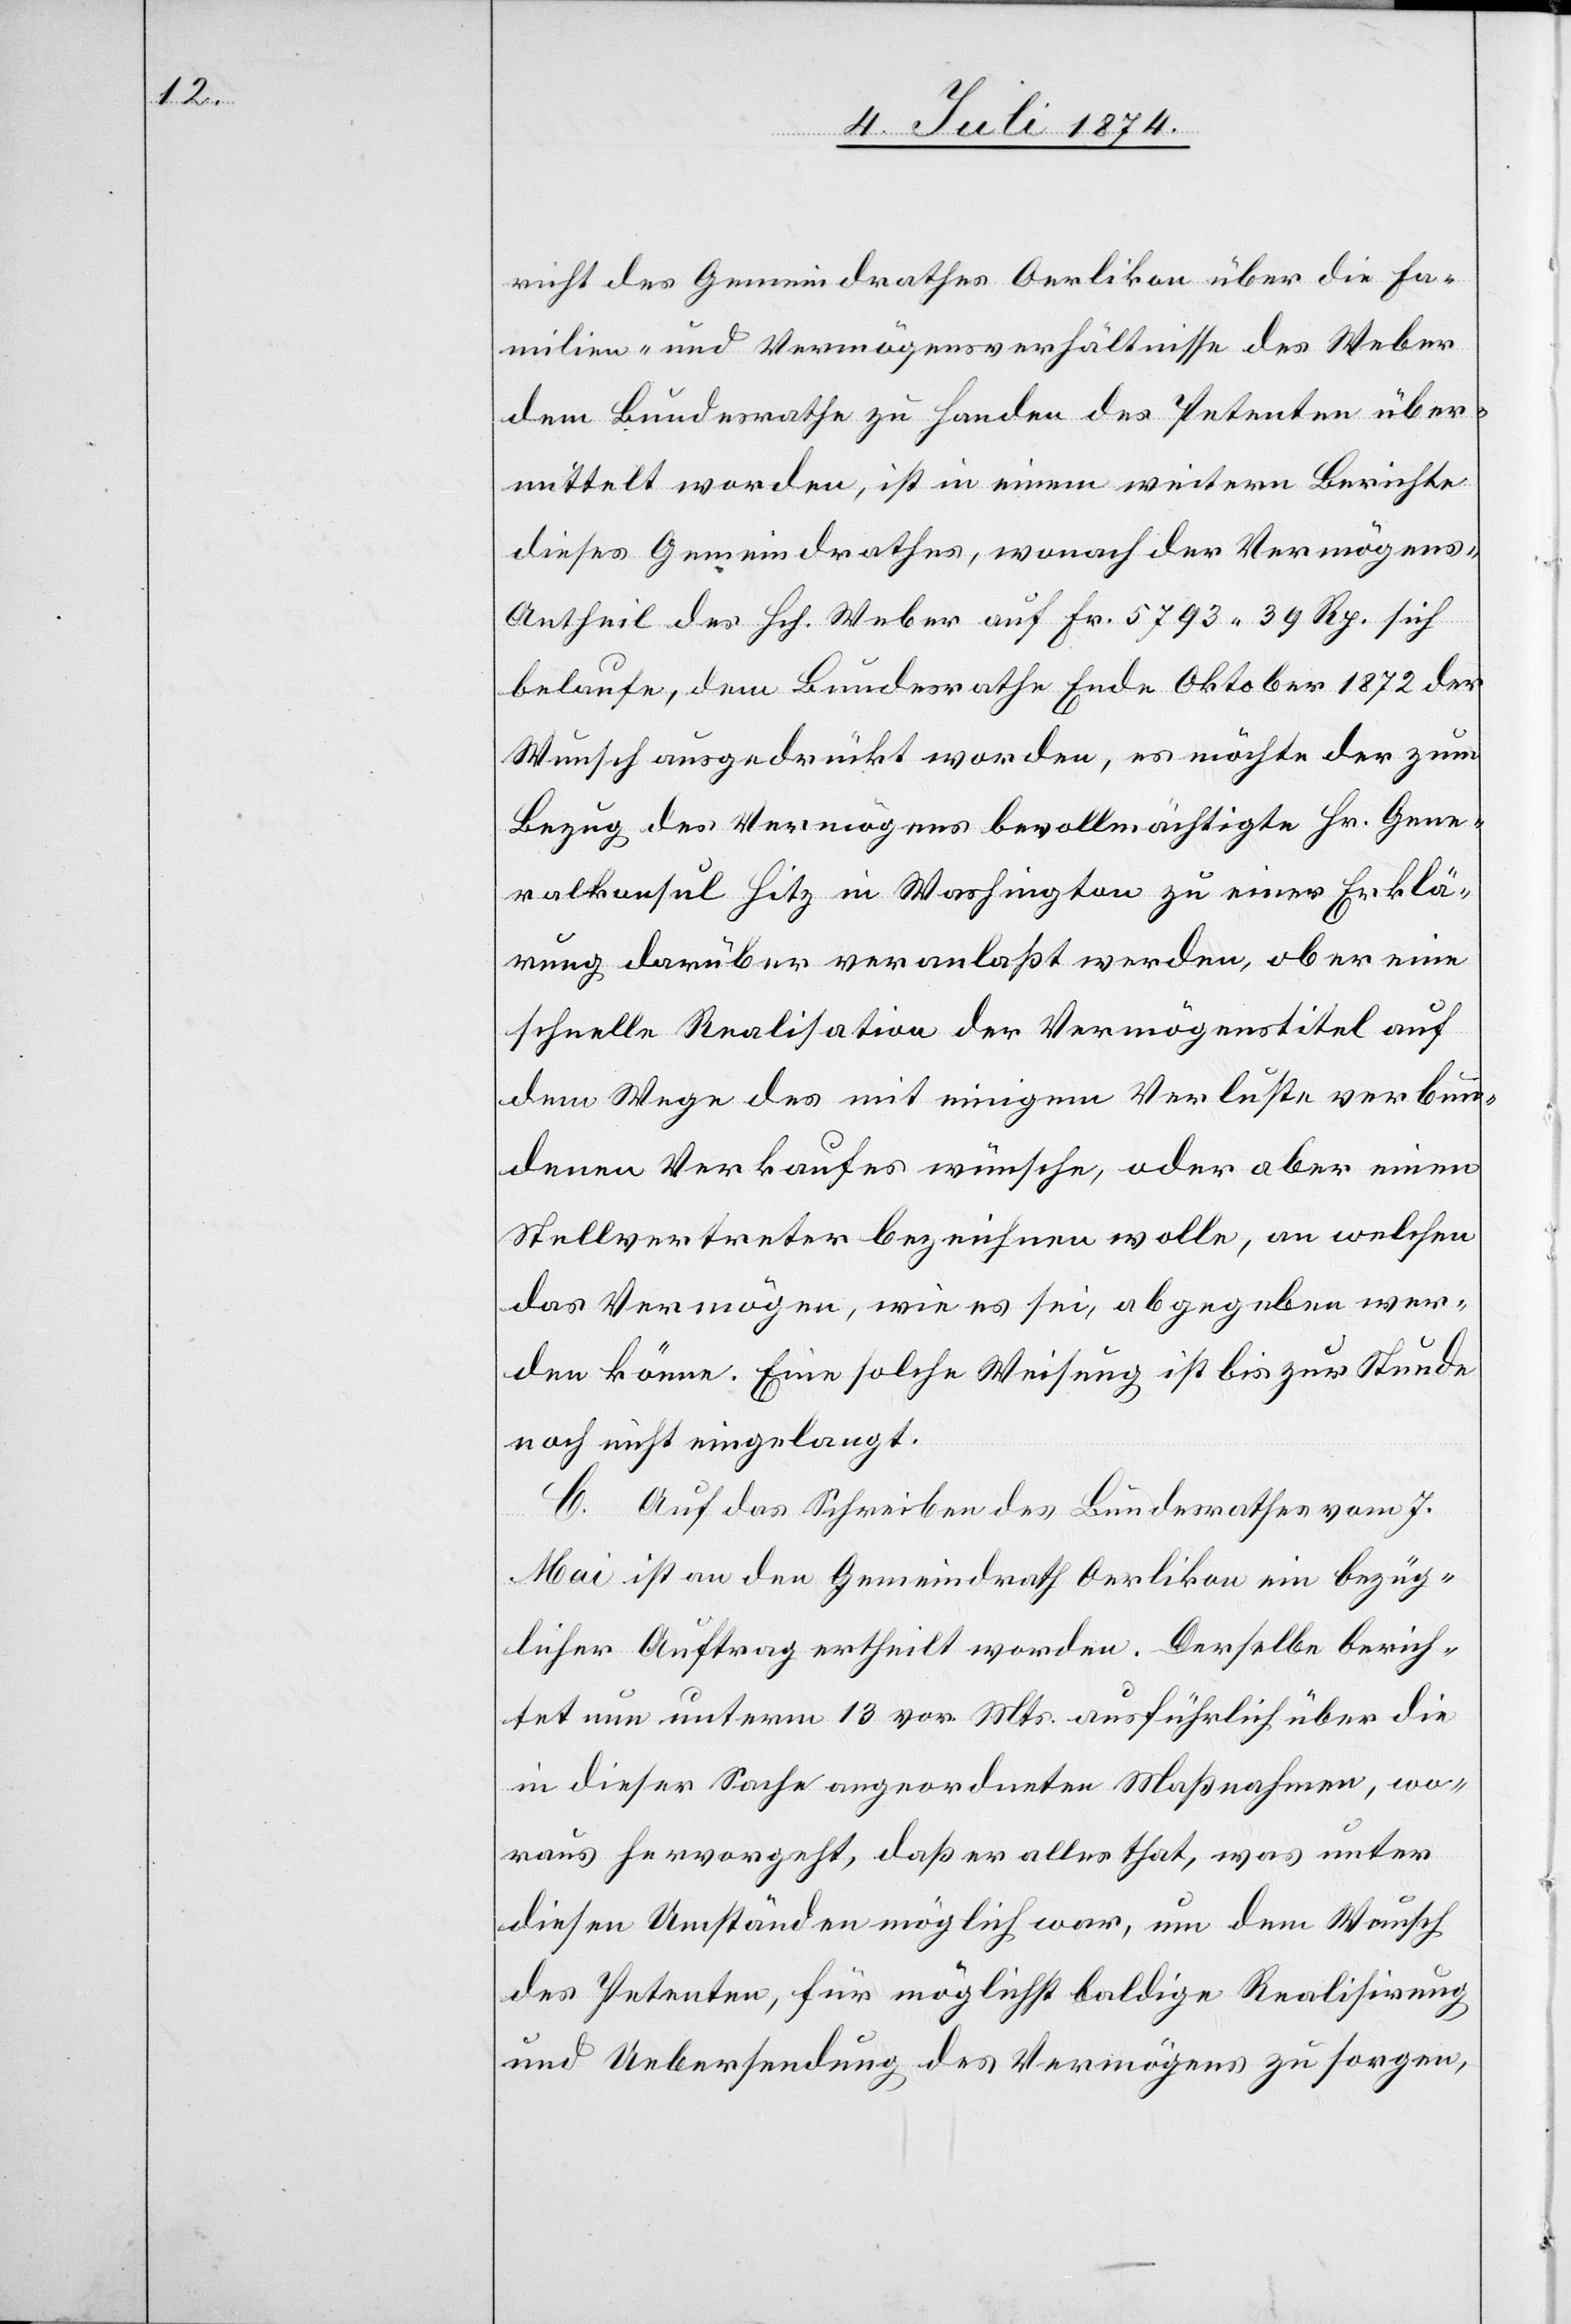
richt des Gemeindrathes Oerlikon über die Fa¬
milien- und Vermögensverhältnisse des Weber
dem Bundesrathe zu Handen des Petenten über¬
mittelt worden, ist in einem weitern Berichte
dieses Gemeindrathes, wonach der Vermögen¬
s-Antheil des Hch. Weber auf Fr. 5793.39 Rp. sich
belaufe, dem Bundesrathe Ende Oktober 1872 der
Wunsch ausgedrückt worden, es möchte der zum
Bezug des Vermögens bevollmächtigte Hr. Gene¬
ralkonsul Hitz in Washington zu einer Erklä¬
rung darüber veranlaßt werden, ob er eine
schnelle Realisation der Vermögenstitel auf
dem Wege des mit einigem Verluste verbun¬
denen Verkaufes wünsche, oder aber einen
Stellvertreter bezeichnen wolle, an welchen
das Vermögen, wie es sei, abgegeben wer¬
den könne. Eine solche Weisung ist bis zur Stunde
noch nicht eingelangt.
C. Auf das Schreiben des Bundesrathes vom 7.
Mai ist an den Gemeindrath Oerlikon ein bezüg¬
licher Auftrag ertheilt worden. Derselbe berich¬
tet nun unterm 13. vor. Mts. ausführlich über die
in dieser Sache angeordneten Maßnahmen, wo¬
raus hervorgeht, daß er alles that, was unter
diesen Umständen möglich war, um dem Wunsch
des Petenten, für möglichst baldige Realisirung
und Uebersendung des Vermögens zu sorgen,